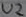
Text: U2